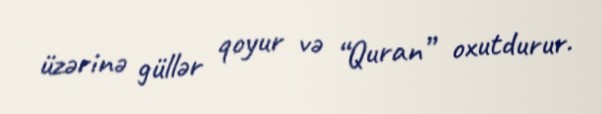
üzərinə güllər qoyur və “Quran” oxutdurur.